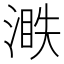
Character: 𣺐